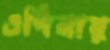
এগিনার